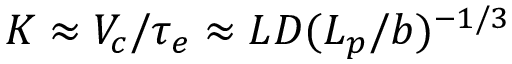
K \approx V _ { c } / \tau _ { e } \approx L D ( L _ { p } / b ) ^ { - 1 / 3 }